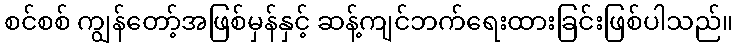
စင်စစ် ကျွန်တော့်အဖြစ်မှန်နှင့် ဆန့်ကျင်ဘက်ရေးထားခြင်းဖြစ်ပါသည်။